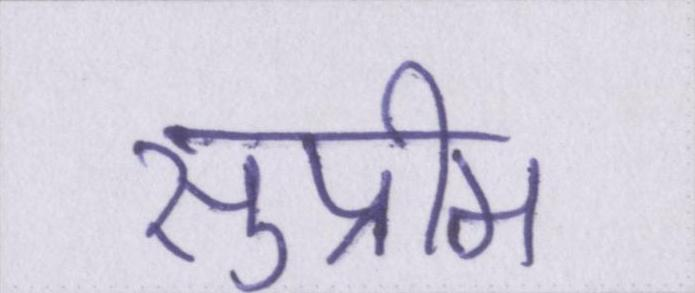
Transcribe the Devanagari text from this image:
सुप्रीम